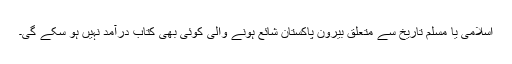
اسلامی یا مسلم تاریخ سے متعلق بیرونِ پاکستان شائع ہونے والی کوئی بھی کتاب درآمد نہیں ہو سکے گی۔